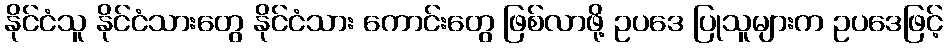
နိုင်ငံသူ နိုင်ငံသားတွေ နိုင်ငံသား ကောင်းတွေ ဖြစ်လာဖို့ ဥပဒေ ပြုသူများက ဥပဒေဖြင့်